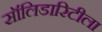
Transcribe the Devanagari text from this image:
सॉलिडारिटीला